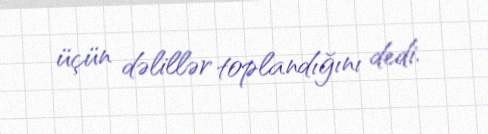
üçün dəlillər toplandığını dedi.